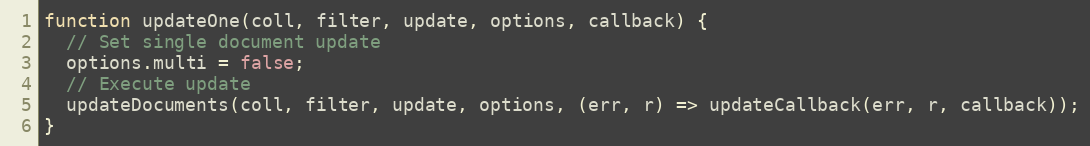
Language: JavaScript
function updateOne(coll, filter, update, options, callback) {
  // Set single document update
  options.multi = false;
  // Execute update
  updateDocuments(coll, filter, update, options, (err, r) => updateCallback(err, r, callback));
}